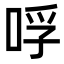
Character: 哹